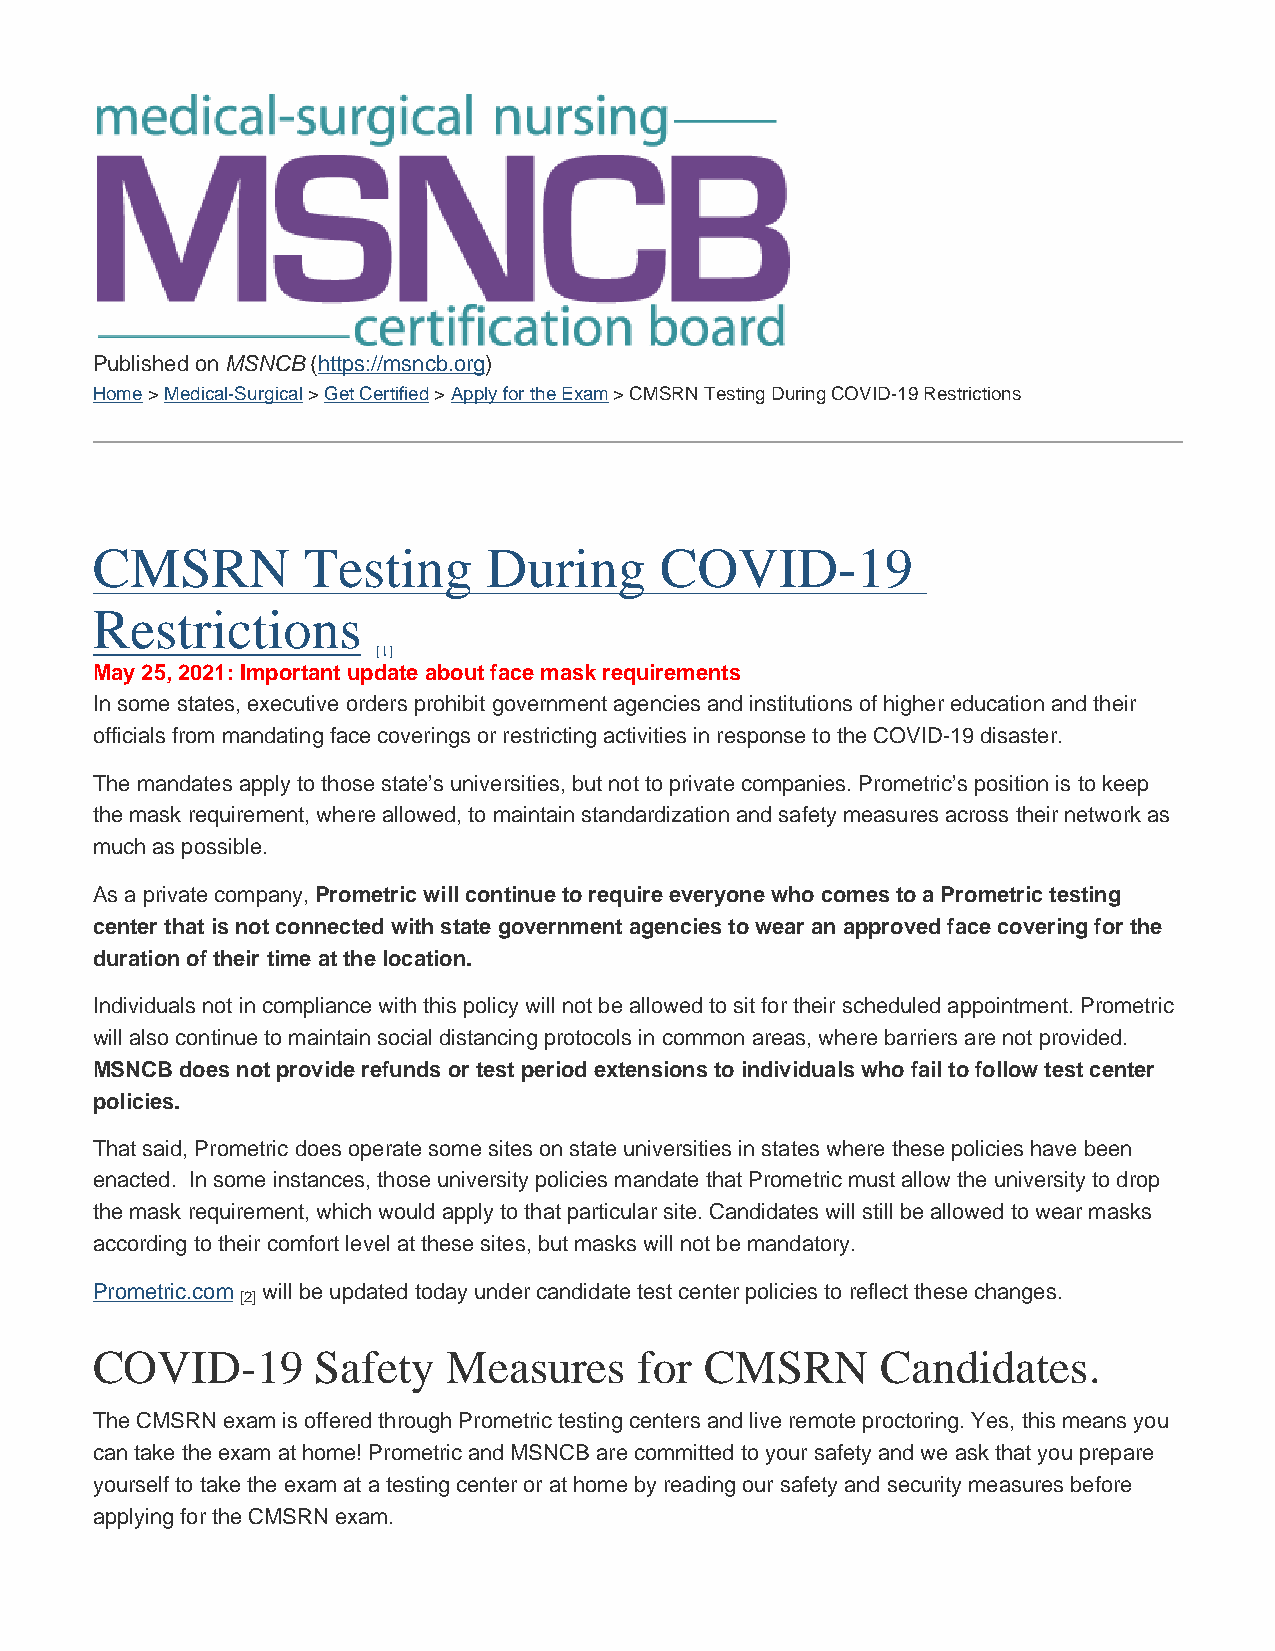
Published on MSNCB (https://msncb.org)
 Home > Medical-Surgical > Get Certified > Apply for the Exam > CMSRN Testing During COVID-19 Restrictions
 CMSRN         Testing     During      COVID-19
 Restrictions
 [1]
 May 25, 2021: Important update about face mask requirements
 In some states, executive orders prohibit government agencies and institutions of higher education and their
 officials from mandating face coverings or restricting activities in response to the COVID-19 disaster.
 The mandates apply to those state’s universities, but not to private companies. Prometric’s position is to keep
 the mask requirement, where allowed, to maintain standardization and safety measures across their network as
 much as possible.
 As a private company, Prometric will continue to require everyone who comes to a Prometric testing
 center that is not connected with state government agencies to wear an approved face covering for the
 duration of their time at the location.
 Individuals not in compliance with this policy will not be allowed to sit for their scheduled appointment. Prometric
 will also continue to maintain social distancing protocols in common areas, where barriers are not provided.
 MSNCB does not provide refunds or test period extensions to individuals who fail to follow test center
 policies.
 That said, Prometric does operate some sites on state universities in states where these policies have been
 enacted. In some instances, those university policies mandate that Prometric must allow the university to drop
 the mask requirement, which would apply to that particular site. Candidates will still be allowed to wear masks
 according to their comfort level at these sites, but masks will not be mandatory.
 Prometric.com will be updated today under candidate test center policies to reflect these changes.
 [2]
 COVID-19       Safety   Measures    for  CMSRN      Candidates.
 The CMSRN exam is offered through Prometric testing centers and live remote proctoring. Yes, this means you
 can take the exam at home! Prometric and MSNCB are committed to your safety and we ask that you prepare
 yourself to take the exam at a testing center or at home by reading our safety and security measures before
 applying for the CMSRN exam.